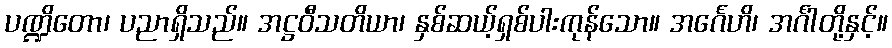
ပဏ္ဍိတော၊ ပညာရှိသည်။ အဋ္ဌဝီသတိယာ၊ နှစ်ဆယ့်ရှစ်ပါးကုန်သော။ အင်္ဂေဟိ၊ အင်္ဂါတို့နှင့်။